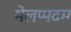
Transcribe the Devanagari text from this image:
मेलप्पदम